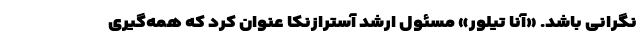
نگرانی باشد. «آنا تیلور» مسئول ارشد آسترازنکا عنوان کرد که همه‌گیری